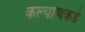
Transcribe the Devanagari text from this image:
कल्याणकडे